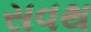
સવથ